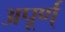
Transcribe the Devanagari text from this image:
अपूर्ण्